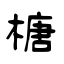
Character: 榶